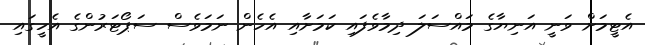
އެޓީމަށް ވަނީ އަނިޔާގެ މައްސަލަ ދިމާވެފައި ކަމަށާއި އެހެން ނަމަވެސް ސަޕޯޓަރުންގެ އެހީގައި